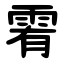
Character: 䨖